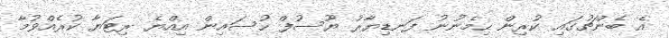
އެ ބެންޗުގައި ކުރިން ހިމެނުނު ފަނޑިޔާރު ޔޫސުފް ހުސައިން އިއްޔެ ރިޓަޔާ ކުރެއްވުމާ